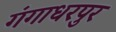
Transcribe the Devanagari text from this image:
गंगाधरपुर